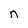
Character: n